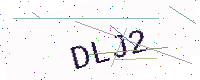
Text: DLJ2